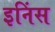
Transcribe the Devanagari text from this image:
इनिंस